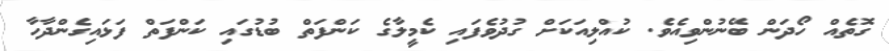
ގޮތެއް ހޯދަން ބޭނުންވިއެވެ. ކުއްލިއަކަށް ގުދުވެފައި ކެމީލާގެ ކަންފަތް ބުޑުގައި ކަންފަތް ފަޅައިގެންދާހާ